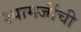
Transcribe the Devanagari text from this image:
श्यामजींची